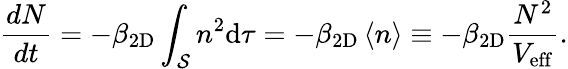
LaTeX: \frac{dN}{dt}=-\beta_{\mathrm{2D}}\int_{\mathcal{S}}n^{2}\mathrm{d}\tau=-\beta_{\mathrm{2D}}\left<n\right>\equiv-\beta_{\mathrm{2D}}\frac{N^{2}}{V_{\mathrm{eff}}}.